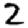
Digit: 2